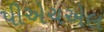
પીએચએલ